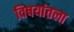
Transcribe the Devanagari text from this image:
विषयांतला